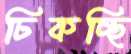
ঢিকচ্ছি